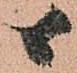
候